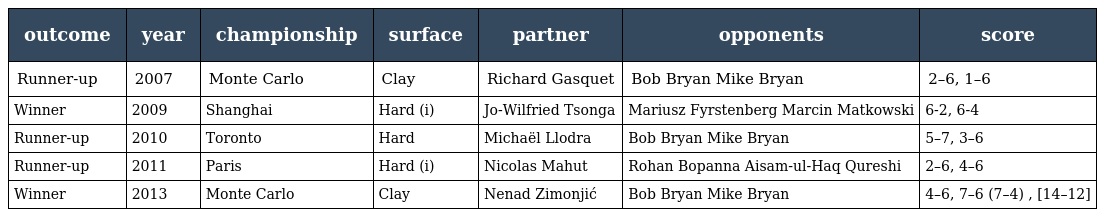
| outcome | year | championship | surface | partner | opponents | score |
 | --- | --- | --- | --- | --- | --- | --- |
 | Runner-up | 2007 | Monte Carlo | Clay | Richard Gasquet | Bob Bryan Mike Bryan | 2–6, 1–6 |
 | Winner | 2009 | Shanghai | Hard (i) | Jo-Wilfried Tsonga | Mariusz Fyrstenberg Marcin Matkowski | 6-2, 6-4 |
 | Runner-up | 2010 | Toronto | Hard | Michaël Llodra | Bob Bryan Mike Bryan | 5–7, 3–6 |
 | Runner-up | 2011 | Paris | Hard (i) | Nicolas Mahut | Rohan Bopanna Aisam-ul-Haq Qureshi | 2–6, 4–6 |
 | Winner | 2013 | Monte Carlo | Clay | Nenad Zimonjić | Bob Bryan Mike Bryan | 4–6, 7–6 (7–4) , [14–12] |